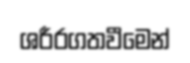
ශරීරගතවීමෙන්